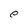
Character: e